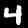
Digit: 4